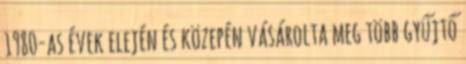
1980-as évek elején és közepén vásárolta meg több gyűjtő